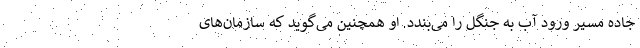
جاده مسیر ورود آب به جنگل را می‌بندد. او همچنین می‌گوید که سازمان‌های